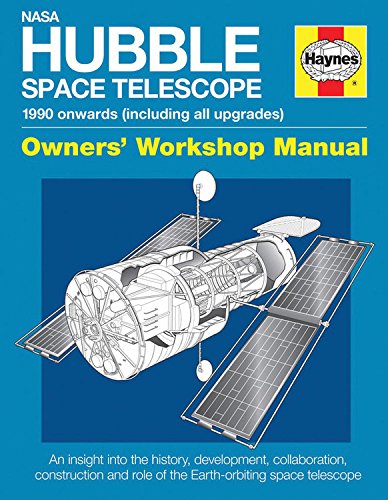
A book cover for NASA Hubble Space Telescope - 1990 onwards (including all upgrades): An insight into the history, development, collaboration, construction and role of ... space telescope (Owners' Workshop Manual); David Baker; Science & Math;